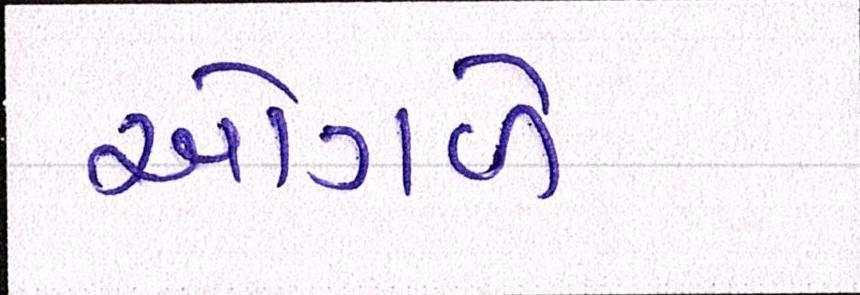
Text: ઓગળે